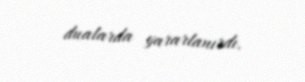
dualarda yararlanırdı.